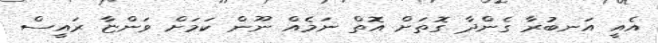
އެއީ އަނބުރާ ގެންދާ ގޮތަށް އޮތް ނަމެއް ނޫން ކަމަށް ވަަންޏާ ރައީސް